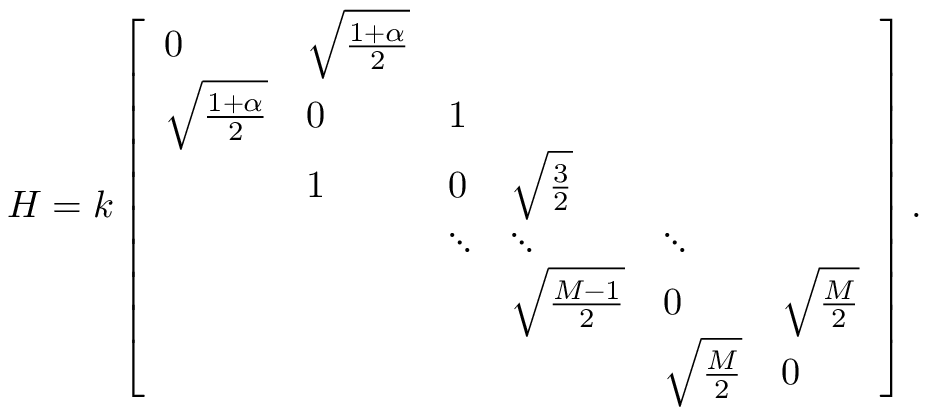
H = k \left[ \begin{array} { l l l l l l } { 0 } & { \sqrt { \frac { 1 + \alpha } { 2 } } } & & & & \\ { \sqrt { \frac { 1 + \alpha } { 2 } } } & { 0 } & { 1 } & & & \\ & { 1 } & { 0 } & { \sqrt { \frac { 3 } { 2 } } } & & \\ & & { \ddots } & { \ddots } & { \ddots } & \\ & & & { \sqrt { \frac { M - 1 } { 2 } } } & { 0 } & { \sqrt { \frac { M } { 2 } } } \\ & & & & { \sqrt { \frac { M } { 2 } } } & { 0 } \end{array} \right] .